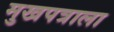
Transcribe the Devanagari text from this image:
मुखपत्राला